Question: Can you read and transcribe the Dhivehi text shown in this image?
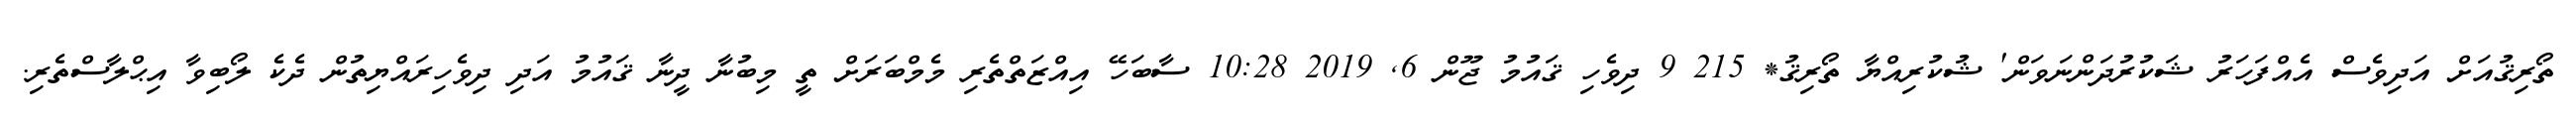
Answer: ތޯރިޤުއަށް އަދިވެސް އެއްފަހަރު ޝަކުރުދަންނަވަން' ޝުކުރިއްޔާ ތޯރިޤު* 215 9 ދިވެހި ޤައުމު ޖޫން 6, 2019 10:28 ސާބަހޭ އިއްޒަތްތެރި މެމްބަރަށް ތީ މިބުނާ ދީނާ ޤައުމު އަދި ދިވެހިރައްޔިތުން ދެކެ ލޯބިވާ އިޙްލާސްތެރި.